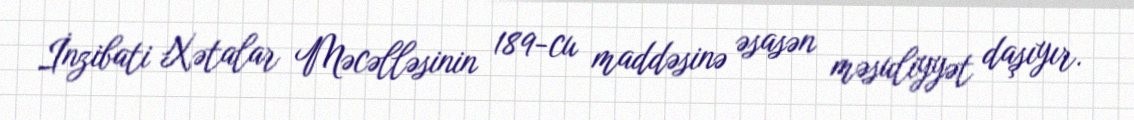
İnzibati Xətalar Məcəlləsinin 189-cu maddəsinə əsasən məsuliyyət daşıyır.